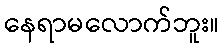
နေရာမလောက်ဘူး။